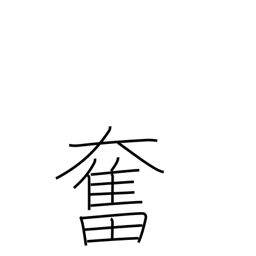
Meaning: stirred up